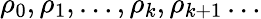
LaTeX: \rho_{0},\rho_{1},\dots,\rho_{k},\rho_{k+1}\dots